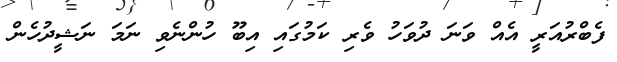
ފެބްރުއަރީ އެއް ވަނަ ދުވަހު ވެރި ކަމުގައި އިބޫ ހުންނެވި ނަމަ ނަޝީދުހެން